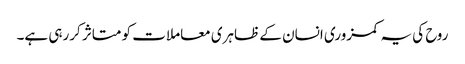
روح کی یہ کمزوری انسان کے ظاہری معاملات کو متاثر کررہی ہے۔